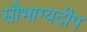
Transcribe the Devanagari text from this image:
सौभाग्यदीप